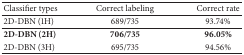
| Classifier types | Correct labeling | Correct rate |
 | --- | --- | --- |
 | 2D-DBN (1H) | 689/735 | 93.74% |
 | 2D-DBN (2H) | 706/735 | 96.05% |
 | 2D-DBN (3H) | 695/735 | 94.56% |